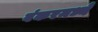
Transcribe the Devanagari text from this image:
बंकरमध्ये